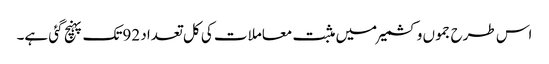
اس طرح جموں وکشمیر میں مثبت معاملات کی کل تعداد 92تک پہنچ گئی ہے۔